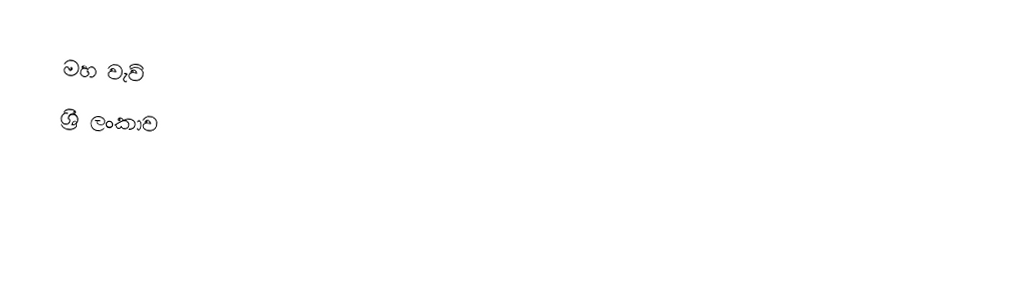
මහ වැව්
ශ්‍රී ලංකාව